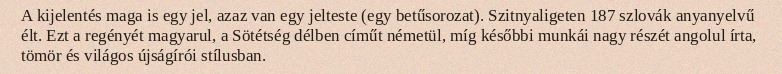
A kijelentés maga is egy jel, azaz van egy jelteste (egy betűsorozat). Szitnyaligeten 187 szlovák anyanyelvű élt. Ezt a regényét magyarul, a Sötétség délben címűt németül, míg későbbi munkái nagy részét angolul írta, tömör és világos újságírói stílusban.